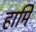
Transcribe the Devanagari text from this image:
हामि